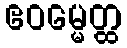
ဧဝမ္မေတ္ထ